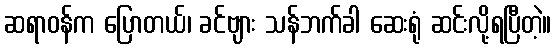
ဆရာဝန်က ပြောတယ်၊ ခင်ဗျား သန်ဘက်ခါ ဆေးရုံ ဆင်းလို့ရပြီတဲ့။